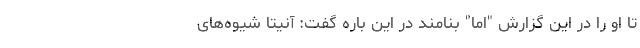
تا او را در این گزارش "اِما" بنامند در این باره گفت: آنیتا شیوه‌های